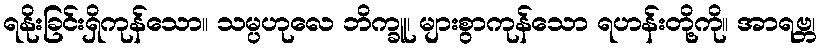
ရနိုးခြင်းရှိကုန်သော။ သမ္ပဟုလေ ဘိက္ခူ၊ များစွာကုန်သော ရဟန်းတို့ကို။ အာရဗ္ဘ၊